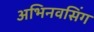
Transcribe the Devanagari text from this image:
अभिनवसिंग